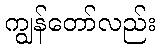
ကျွန်တော်လည်း